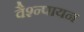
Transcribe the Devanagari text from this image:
वैश्न्पायन